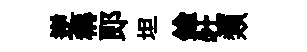
逆稱郞坦鍮牡類